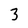
Character: 3